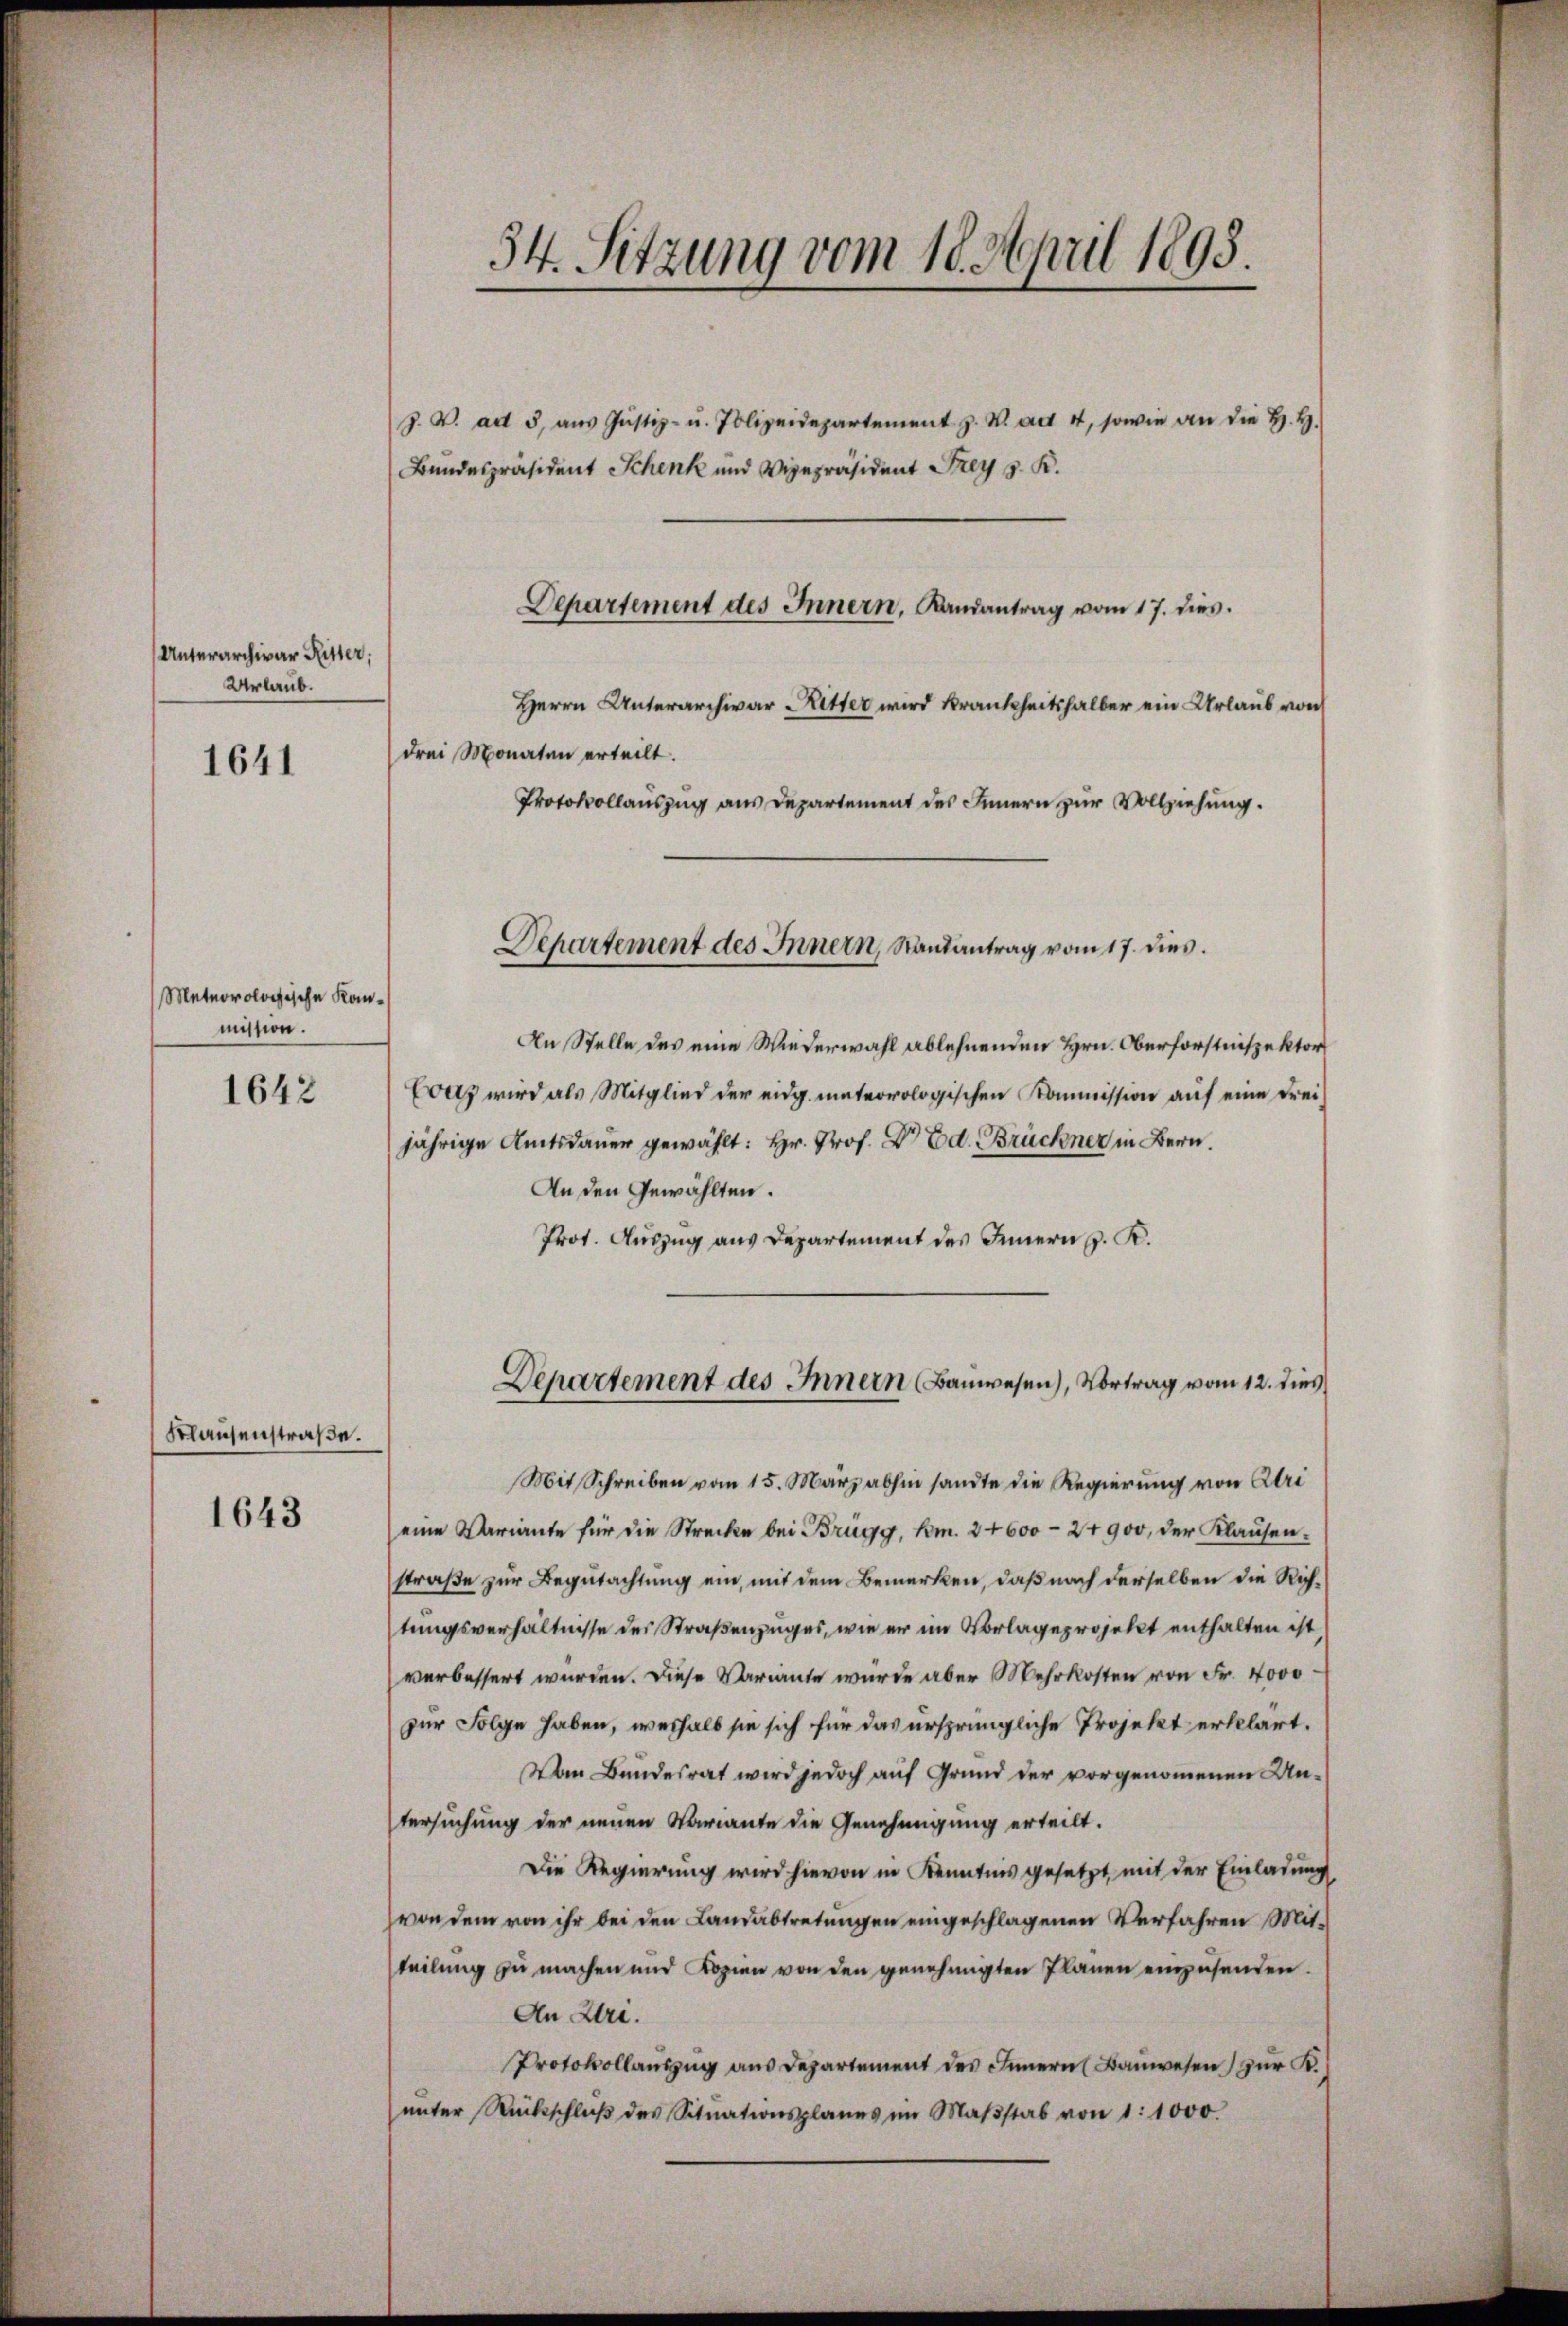
Unterarchivar Ritter;
Urlaub.

1641

Meteorologische Kanmission.

1642

Klausenstraße.

1643

34. Sitzung vom 18. April 1893.

Bundespräsident Schenk und Vizepräsident Frey S. K.
Herrn Unterarchivar Ritter wird krankheitshalber ein Urlaub von
drei Monaten erteilt.
Protokollauszug aus Departement des Innern zur Vollziehung.
An Stelle des eine Wiederwahl ablehnenden Hrn. Oberforstnispektor
Evaz wird als Mitglied der eidg. meteorologischen Kommission auf eine Frei
jährige Amtsdauer gewählt: Hr. Prof. Dr Ed. Bruchner in Bern.
An den Gewählten.
Prot. Auszug aus Departement des Innern J. K.
Departement des Innern (Bauwesen), Vortrag vom 12. dies
Mit Schreiben vom 15. März abhin sandte die Regierung von Uri
eine Variante für die Strecke bei Brugg, m. 24600 - 24900, der Klausen.
straße zur Begutachtung ein, mit dem Bemerken, daß nach derselben die Richtungsverhältnisse des Straßenzuges, wie er im Vorlageprojekt enthalten ist,
verbessert werden. Diese Vermute wurde aber Mehrkosten von Fr. 4000
zur Folge haben, weshalb sie sich für das ursprüngliche Projekt erklärt.
Vom Bundesrat wird jedoch auf Grund der vorgenommenen Untersuchung der neuen Variante die Genehmigung erteilt.
Die Regierung wird hievon in Kenntnis gesetzt, mit der Einladung
von dem von ihr bei den Landabtretungen eingeschlagenen Verfahren Mitteilung zu machen und Kopien von den genehmigten Planen einzusenden.
An Uri.
Protokollauszug aus Departement des Innern (Bauwesen zur K.
ŭnter Rückschlŭβ des Sitŭationsplanes im Maβstab von 1:1000.

Z. V. alt 3, aŭs Jŭstiz- u. Polizeidepartement z. B. ad 4, sowie an die H. H.

Departement des Innern, Landantrag vom 17. dies.

Separtement des Innern, Randantrag vom 17. dies.